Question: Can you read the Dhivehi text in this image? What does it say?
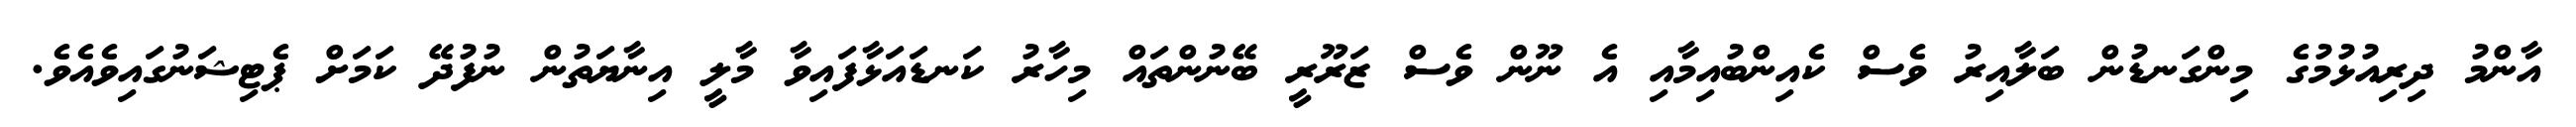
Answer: އާންމު ދިރިއުޅުމުގެ މިންގަނޑުން ބަލާއިރު ވެސް ކެއިންބުއިމާއި އެ ނޫން ވެސް ޒަރޫރީ ބޭނުންތައް މިހާރު ކަނޑައަޅާފައިވާ މާލީ އިނާޔަތުން ނުފުދޭ ކަމަށް ޕެޓިޝަނުގައިވެއެވެ.